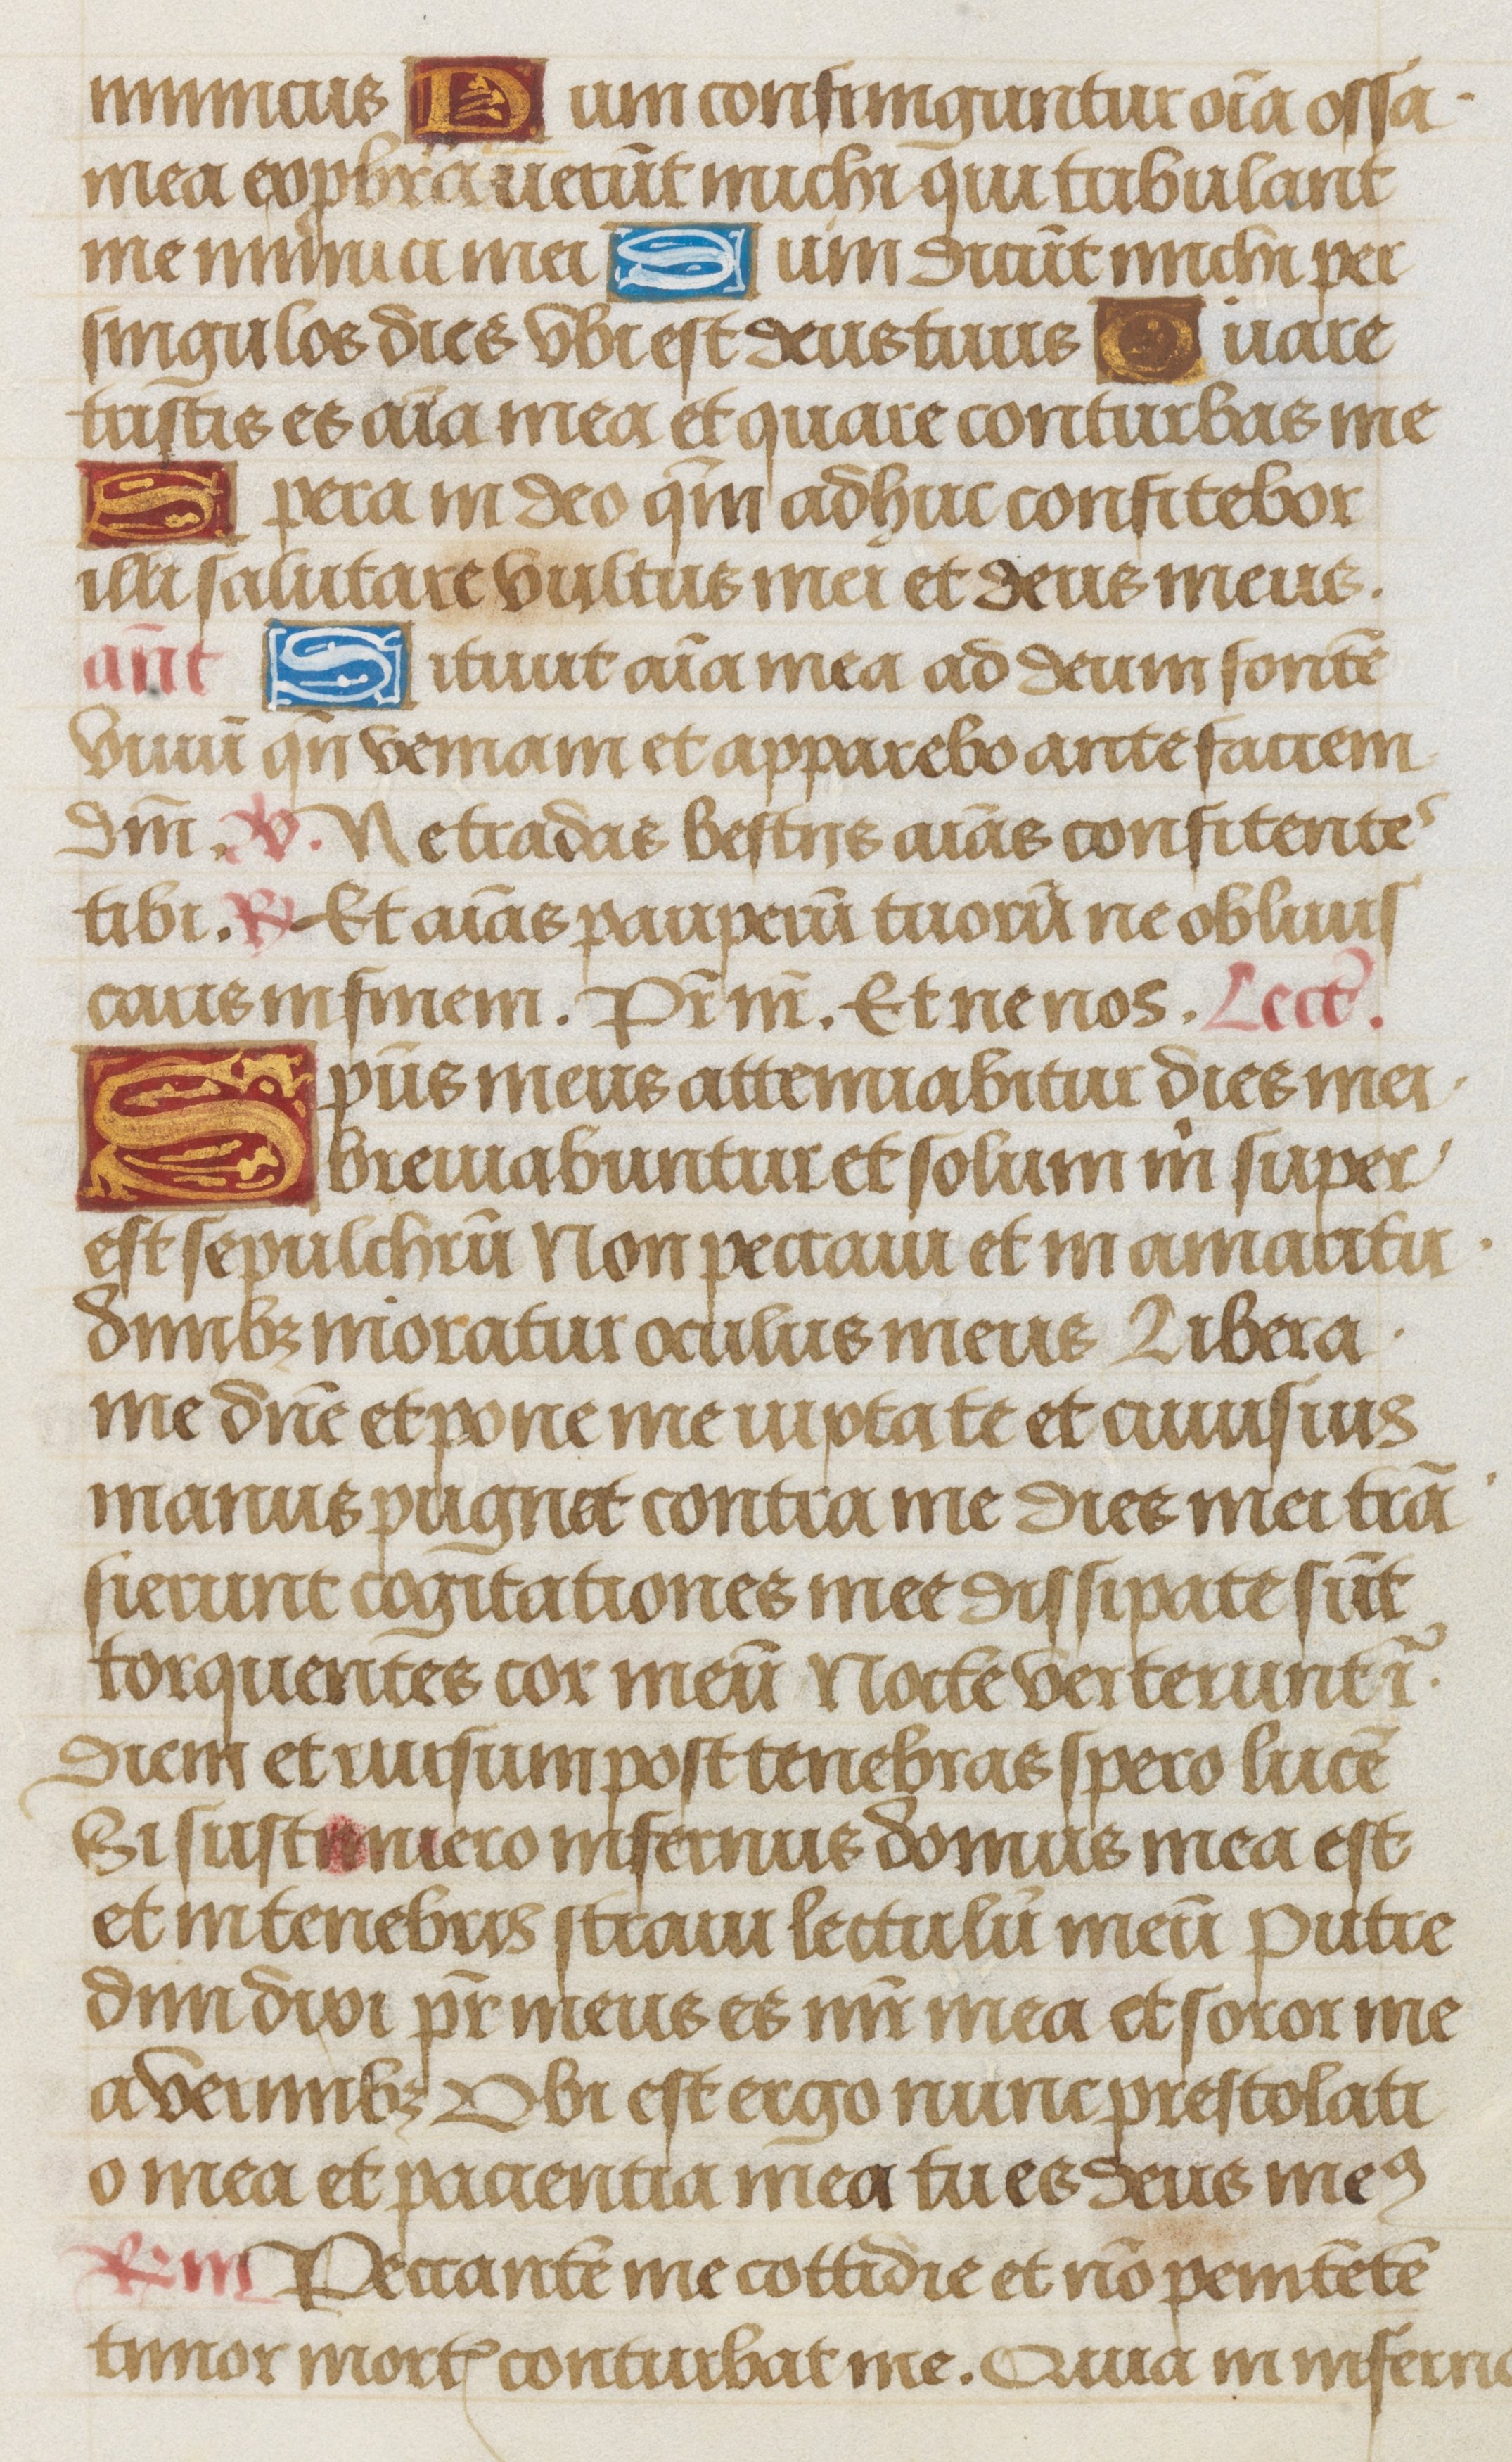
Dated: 1475–1505